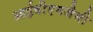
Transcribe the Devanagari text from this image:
आईबीएमजैसी